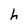
Character: h